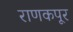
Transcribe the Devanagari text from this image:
राणकपूर